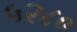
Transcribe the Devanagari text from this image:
५२८०